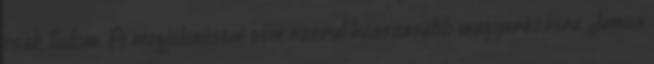
csak tudom. A megjelenésem sem szorul hosszasabb magyarázásra, James